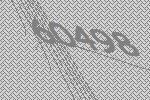
60498